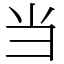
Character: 当